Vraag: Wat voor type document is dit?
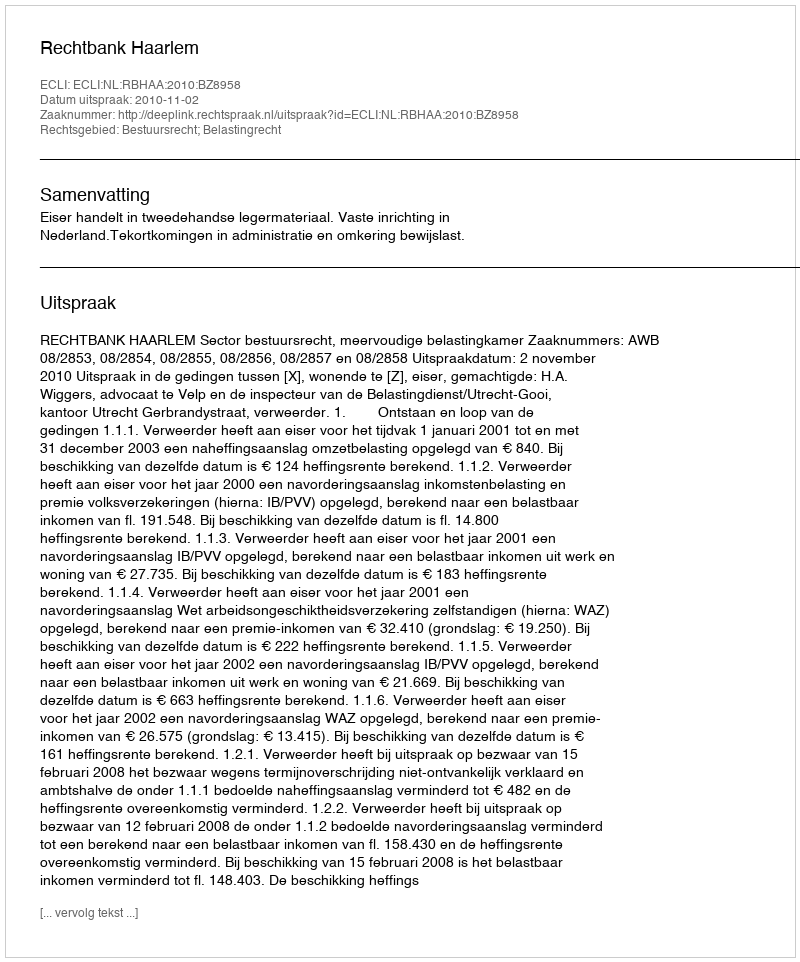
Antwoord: Uitspraak